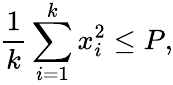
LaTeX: {\frac{1}{k}}\sum_{i=1}^{k}x_{i}^{2}\leq P,